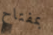
بمفتاح